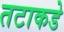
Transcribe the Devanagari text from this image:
तटाकडे